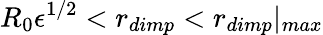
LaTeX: R_{0}{\epsilon}^{1/2}<r_{dimp}<r_{dimp}|_{max}